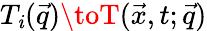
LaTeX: T_{\mathit{i}}(\vec{{q}})\toT(\vec{{x}},t;\vec{{q}})